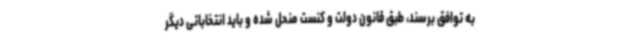
به توافق برسند، طبق قانون دولت و کنست منحل شده و باید انتخاباتی دیگر